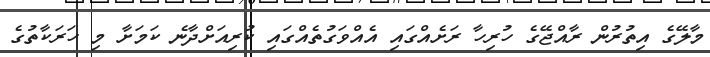
މާލޭގެ އިތުރުން ރާއްޖޭގެ ހުރިހާ ރަށެއްގައި އެއްވަގުތެއްގައި ކުރިއަށްދާނެ ކަމަށާ މި ހަރަކާތުގެ